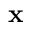
\textbf { x }